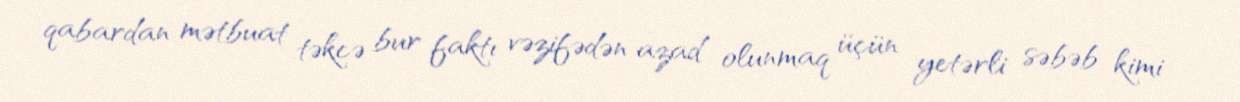
qabardan mətbuat təkcə bur faktı vəzifədən azad olunmaq üçün yetərli səbəb kimi